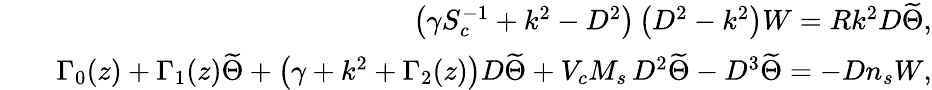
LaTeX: \begin{array}{rlr}&{}&{\left(\gamma S_{c}^{-1}+k^{2}-D^{2}\right)\left(D^{2}-k^{2}\right)W=Rk^{2}D\widetilde{\Theta},}\\ &{}&{\Gamma_{0}(z)+\Gamma_{1}(z)\widetilde{\Theta}+\big(\gamma+k^{2}+\Gamma_{2}(z)\big)D\widetilde{\Theta}+V_{c}M_{s}\, D^{2}\widetilde{\Theta}-D^{3}\widetilde{\Theta}=-Dn_{s}W,}\end{array}